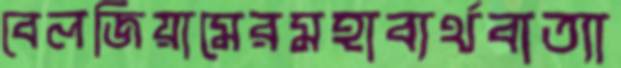
বেলজিয়ামেরমহাব্যর্থবাত্যা